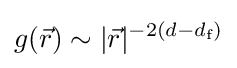
g({\vec {r}})\sim |{\vec {r}}|^{-2(d-d_{\text{f}})}\,\!